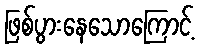
ဖြစ်ပွားနေသောကြောင့်